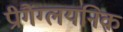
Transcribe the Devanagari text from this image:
प्रीगैंग्लयनिक